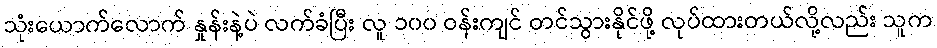
သုံးယောက်လောက် နှုန်းနဲ့ပဲ လက်ခံပြီး လူ ၁၀၀ ဝန်းကျင် တင်သွားနိုင်ဖို့ လုပ်ထားတယ်လို့လည်း သူက